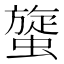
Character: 䗠